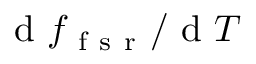
\mathrm { ~ d ~ } f _ { \mathrm { ~ f ~ s ~ r ~ } } / \mathrm { ~ d ~ } T